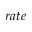
r a t e